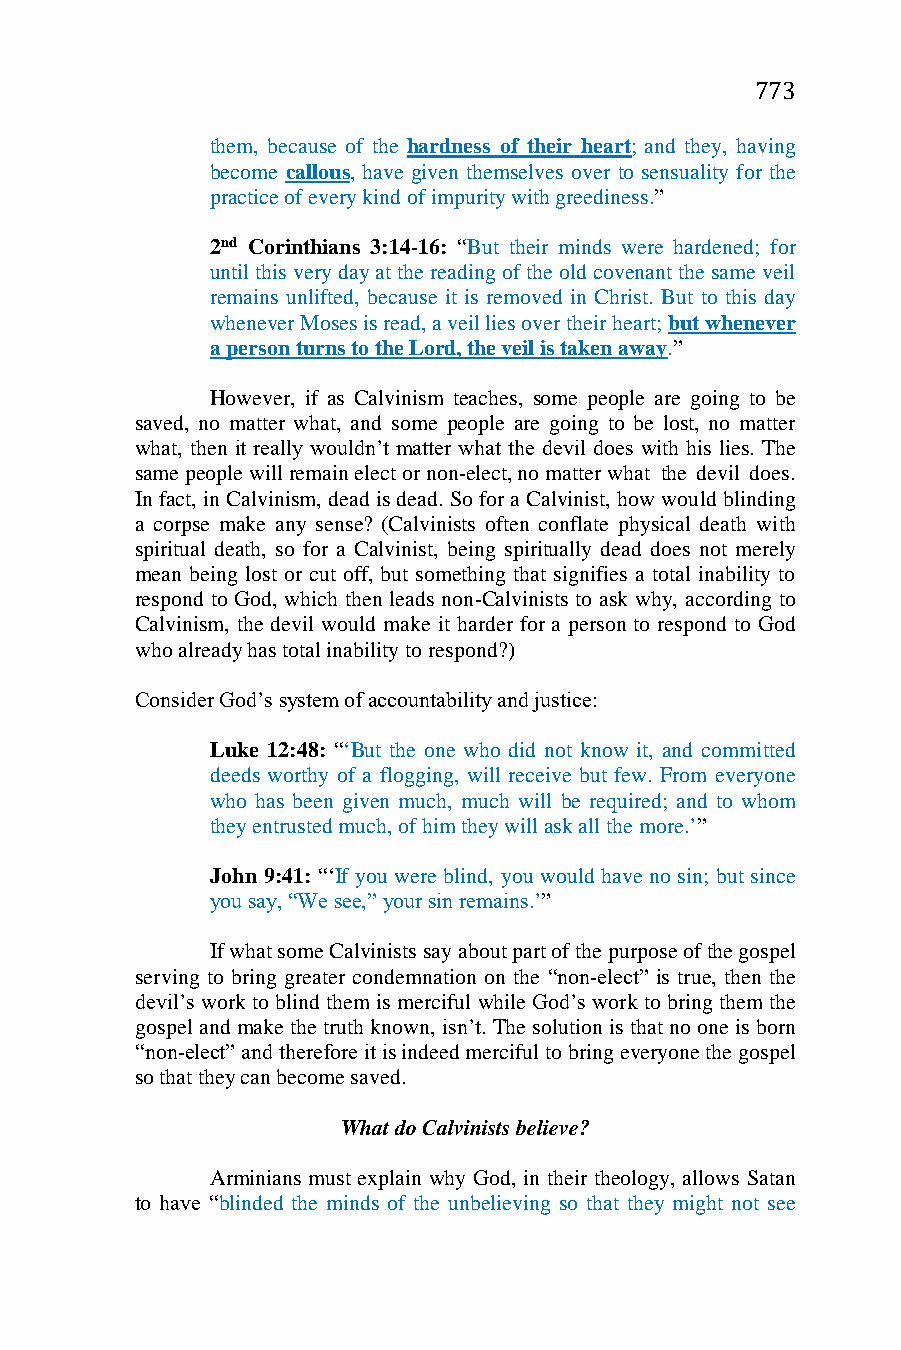
773
 them, because of the hardness of their heart; and they, having
 become callous, have given themselves over to sensuality for the
 practice of every kind of impurity with greediness.”
 2nd Corinthians 3:14-16: “But their minds were hardened; for
 until this very day at the reading of the old covenant the same veil
 remains unlifted, because it is removed in Christ. But to this day
 whenever Moses is read, a veil lies over their heart; but whenever
 a person turns to the Lord, the veil is taken away.”
 However, if as Calvinism teaches, some people are going to be
 saved, no matter what, and some people are going to be lost, no matter
 what, then it really wouldn’t matter what the devil does with his lies. The
 same people will remain elect or non-elect, no matter what the devil does.
 In fact, in Calvinism, dead is dead. So for a Calvinist, how would blinding
 a corpse make any sense? (Calvinists often conflate physical death with
 spiritual death, so for a Calvinist, being spiritually dead does not merely
 mean being lost or cut off, but something that signifies a total inability to
 respond to God, which then leads non-Calvinists to ask why, according to
 Calvinism, the devil would make it harder for a person to respond to God
 who already has total inability to respond?)
 Consider God’s system of accountability and justice:
 Luke 12:48: “‘But the one who did not know it, and committed
 deeds worthy of a flogging, will receive but few. From everyone
 who has been given much, much will be required; and to whom
 they entrusted much, of him they will ask all the more.’”
 John 9:41: “‘If you were blind, you would have no sin; but since
 you say, “We see,” your sin remains.’”
 If what some Calvinists say about part of the purpose of the gospel
 serving to bring greater condemnation on the “non-elect” is true, then the
 devil’s work to blind them is merciful while God’s work to bring them the
 gospel and make the truth known, isn’t. The solution is that no one is born
 “non-elect” and therefore it is indeed merciful to bring everyone the gospel
 so that they can become saved.
 What do Calvinists believe?
 Arminians must explain why God, in their theology, allows Satan
 to have “blinded the minds of the unbelieving so that they might not see